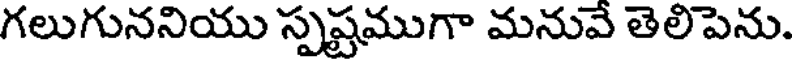
గలుగుననియు స్పష్టముగా మనువే తెలిపెను.